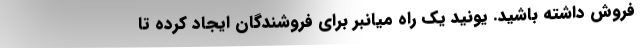
فروش داشته باشید. یونید یک راه میانبر برای فروشندگان ایجاد کرده تا